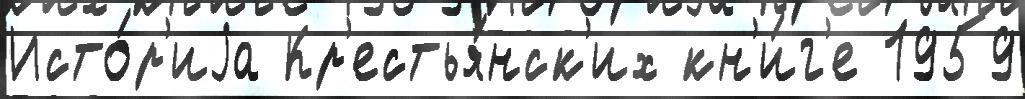
Исто́р'иjа Кр'естья́нск'их кн'и́г'е 1959